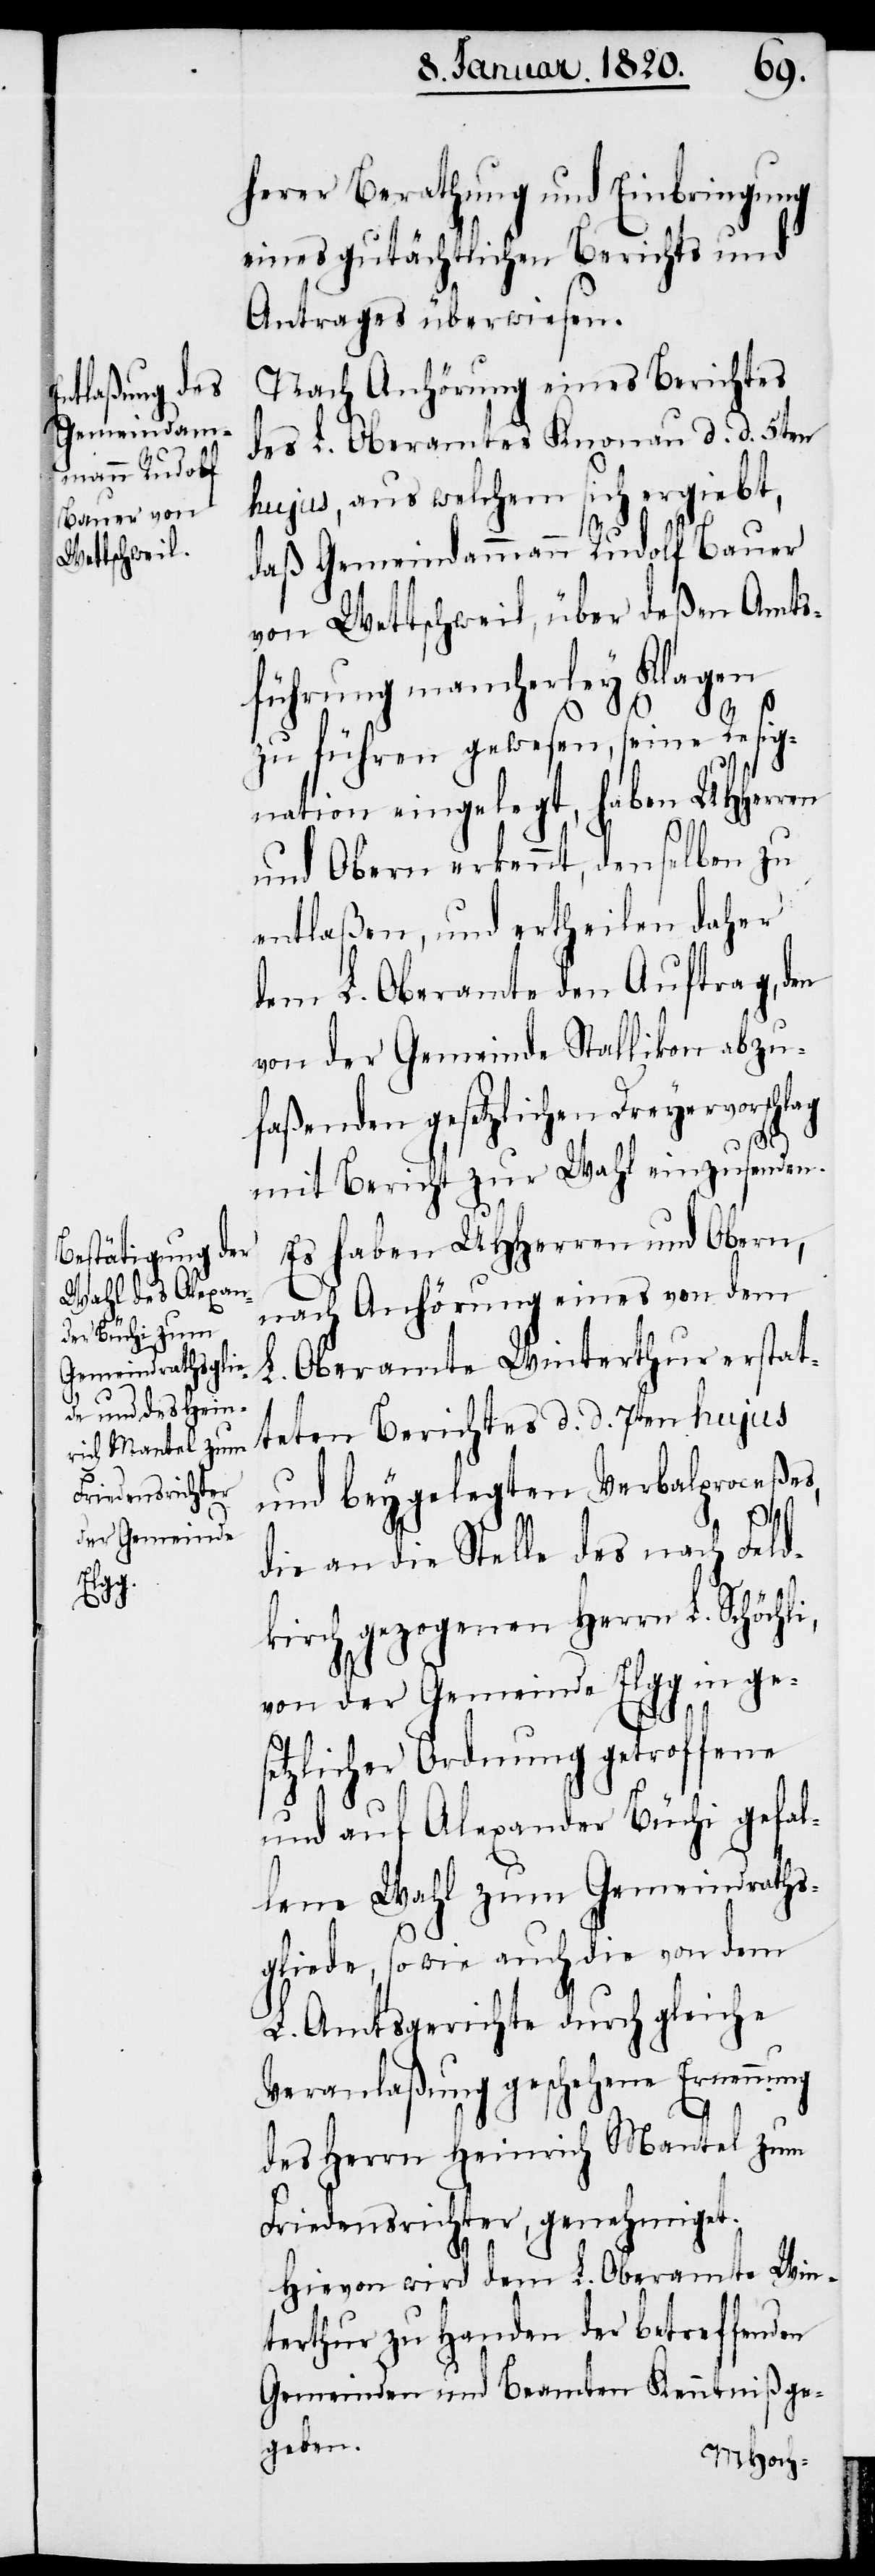
herer Berathung und Einbringung
eines gutächtlichen Berichts und
Antrages überwiesen.
Nach Anhörung eines Berichtes
des L. Oberamtes Knonau d d 5ten
hujus, aus welchem sich ergiebt,
daß Gemeindammann Rudolf Bauer
von Wettschweil, über deßen Amts¬
führung mancherley Klagen
zu führen gewesen, seine Resig¬
nation eingelegt, haben UHHerren
und Obern erkennt, denselben zu
entlaßen, und ertheilen daher
dem L. Oberamte den Auftrag, den
von der Gemeinde Stallikon abzu¬
faßenden gesetzlichen Dreyervorschlag
li,
mit Bericht zur Wahl einzusenden.
Es haben UHHerren und Obern,
nach Anhörung eines von dem
L. Oberamte Winterthur erstat¬
teten Berichtes d. d. 7ten hujus
und beygelegten Verbalproceßes,
die an die Stelle des nach Feld¬
kirch gezogenen Herrn L. Schöch¬
von der Gemeinde Elgg in ges¬
etzlicher Ordnung getroffene
und auf Alexander Büchi gefal¬
lene Wahl zum Gemeindraths¬
gliede, sowie auch die von dem
L. Amtsgerichte durch gleiche
Veranlaßung geschehene Ernennung
des Herrn Heinrich Mantel zum
Friedensrichter, genehmiget.
Hievon wird dem L. Oberamte Win¬
terthur zu Handen der betreffenden
Gemeinden und Beamten Kenntniß ge¬
geben.